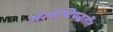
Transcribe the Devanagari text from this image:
अंत्येष्टिपद्धतींत